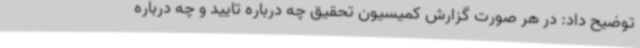
توضیح داد: در هر صورت گزارش کمیسیون تحقیق چه درباره تایید و چه درباره